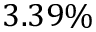
3 . 3 9 \%